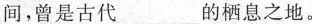
间，曾是古代\underline的栖息之地。